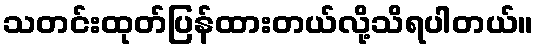
သတင်းထုတ်ပြန်ထားတယ်လို့သိရပါတယ်။